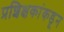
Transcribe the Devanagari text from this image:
प्रशिक्षकांकडून